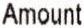
AMOUNT